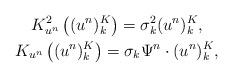
LaTeX: \begin{gather*}K_{u^n}^2\left( (u^n)_k^K\right)=\sigma_k^2(u^n)_k^K , \\K_{u^n}\left( (u^n)_k^K\right)=\sigma_k\Psi^n\cdot (u^n)_k^K,\end{gather*}